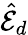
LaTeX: \hat{\mathcal{E}}_{d}